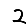
Digit: 2